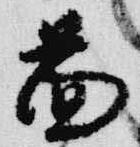
図